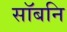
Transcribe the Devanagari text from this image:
सॉबनि